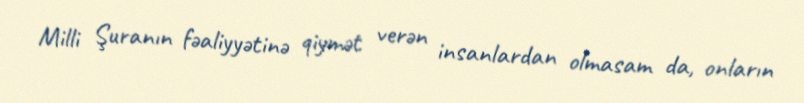
Milli Şuranın fəaliyyətinə qiymət verən insanlardan olmasam da, onların